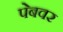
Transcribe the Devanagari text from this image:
पेबवर